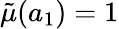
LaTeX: \tilde{\mu}(a_{1})=1